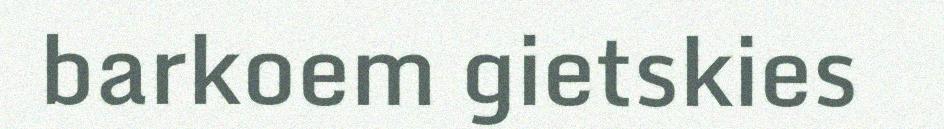
barkoem gietskies